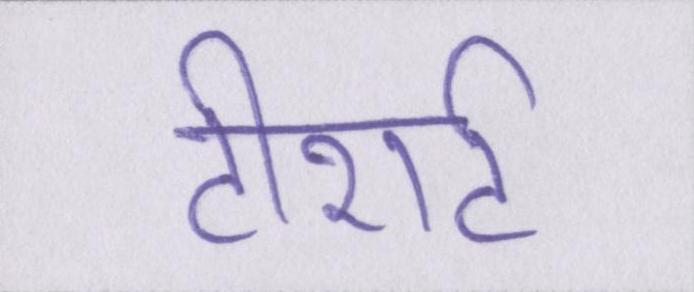
टीशर्ट